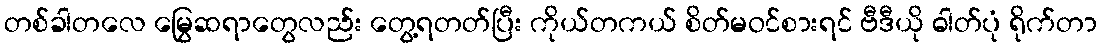
တစ်ခါတလေ မြွေဆရာတွေလည်း တွေ့ရတတ်ပြီး ကိုယ်တကယ် စိတ်မဝင်စားရင် ဗီဒီယို ဓါတ်ပုံ ရိုက်တာ